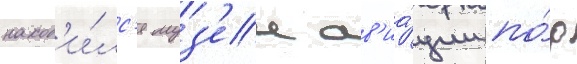
наход'и́лс'я муз'еи ав'иа́ции по́д